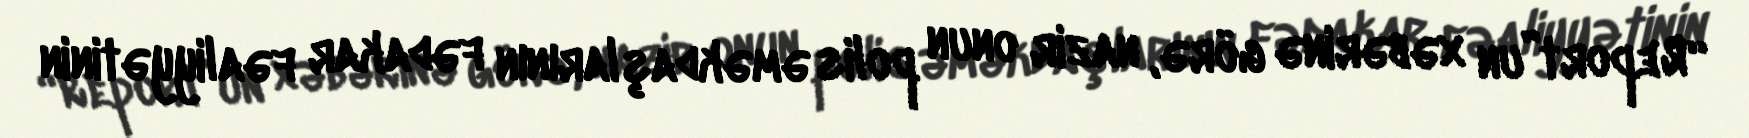
“Report”un xəbərinə görə, nazir onun polis əməkdaşlarının fədakar fəaliyyətinin